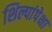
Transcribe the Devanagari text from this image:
शिल्पांपेक्षा